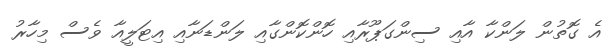
އެ ގޮތުން ލަންކާ އާއި ސިންގަޕޫރާއި ހޮންކޮންގާއި ލަންޑަނާއި އިޓަލީއާ ވެސް މިހާރު